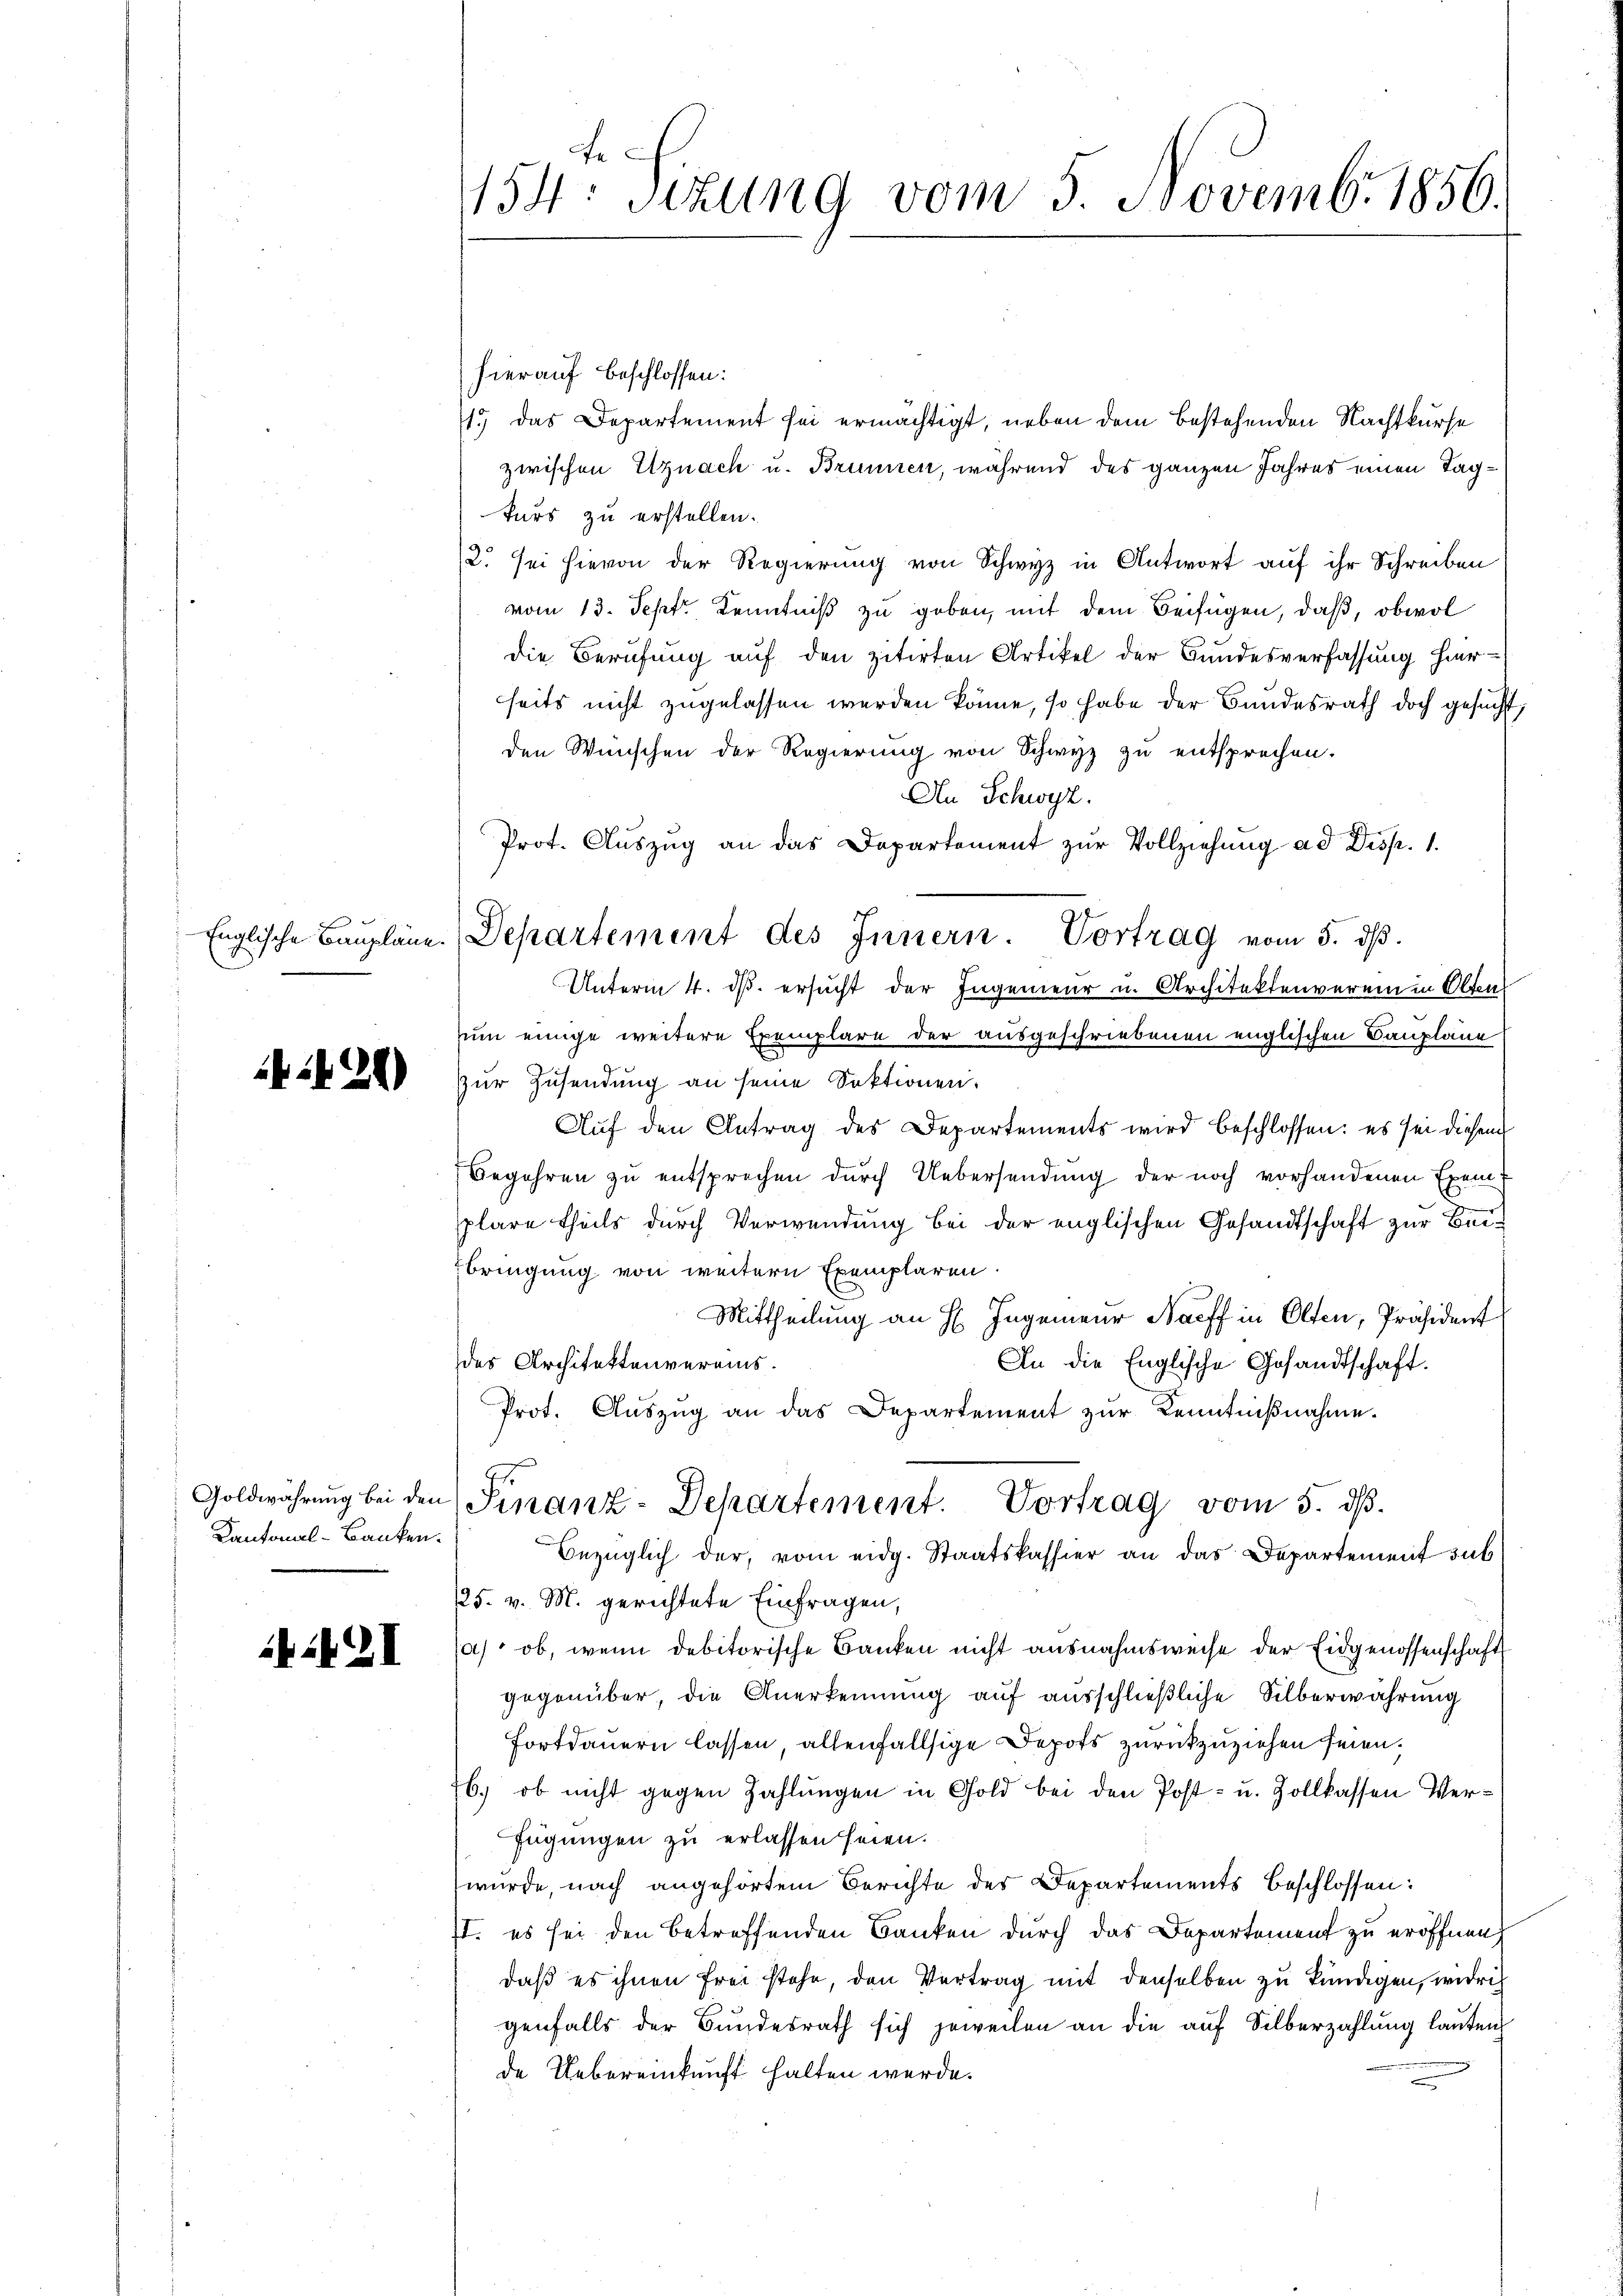
1429)

Kantonal-Banken.

iit I

hierauf beschlossen:
1.) Das Departement sei ermächtigt, neben dem bestehenden Nachtkurse
zwischen Uznach u. Brunnen, während des ganzen Jahres einen Tagkurs zu erstellen.
2. sei hievon der Regierung von Schwyz in Antwort auf ihr Schreiben
vom 13. Sept. Kenntniß zu geben, mit dem Beifügen, daß, obwol
die Berufung auf den zitirten Artikel der Bundesverfassung hierseits nicht zugelassen werden könne, so habe der Bundesrath doch gesucht,
den Wünschen der Regierung von Schwyz zu entsprechen.
An Schwyz.
Prot. Aŭszŭg an das Departement zŭr Vollziehung ad Disp. 1.
Unterm 4. ds. ersucht der Ingenieur u. Architektenverein in Olten
um einige weitere Exemplare der ausgeschriebenen englischen Baupläne
Zur Zusendung an seine Sektionen.
Aŭf den Antrag des Departements wird beschlossen: es sei diesem
Begehren zu entsprechen durch Uebersendung der noch vorhandenen Exemplare theils durch Verwendung bei der englischen Gesandtschaft zur Beibringung von weitern Exemplaren.
Mittheilung an H. Ingenieur Naeff in Olten, Präsident
des Architektenvereins.
An die Englische Gesandtschaft.
Prot. Auszug an das Departement zur Kenntnißnahme.
Goldwährŭng bei den Finanz-Departement. Vortrag vom 5. dβ.
Bezüglich der, vom eidg. Staatskassier an das Departement sub
125. v. M. gerichtete Einfragen,
) ob, wenn debitorische Banken nicht ausnahmsweise der Eidgenossenschaft
gegenüber, die Anerkennung auf ausschließliche Silberwährung
Fortdauern lassen, allenfallsige Depots zurückzuziehen seien.
b.) ob nicht gegen Zahlungen in Gold bei den Post- u. Zollkassen Verfügungen zu erlassen seien.
wurde, nach angehörtem Berichte der Departements beschlossen:
II. es sei den betreffenden Banken durch das Departement zu eröffnen
daß es ihnen frei stehe, den Vertrag mit denselben zu kündigen, widrig
genfalls der Bundesrath sich jeweilen an die auf Silberzahlung lauten
de Uebereinkunft halten werde.

154° Sizung vom 5. Novemb. 1856.

Englische Baŭpläne. Departement des Innern. Vortrag vom 5. dβ.